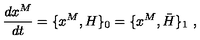
{ \frac { d x ^ { M } } { d t } } = \{ x ^ { M } , H \} _ { 0 } = \{ x ^ { M } , \bar { H } \} _ { 1 } \ ,